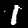
Digit: 1